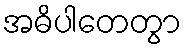
အဓိပါတေတွာ